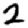
Digit: 2